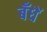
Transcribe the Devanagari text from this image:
बँधें